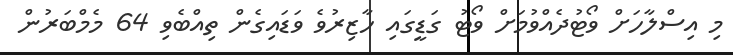
މި އިސްލާހަށް ވޯޓުދެއްވުމަށް ވޯޓު ގަޑީގައި ހާޒިރުވެ ވަޑައިގެން ތިއްބެވި 64 މެމްބަރުން